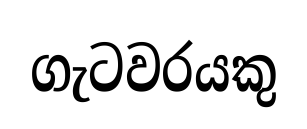
ගැටවරයකු